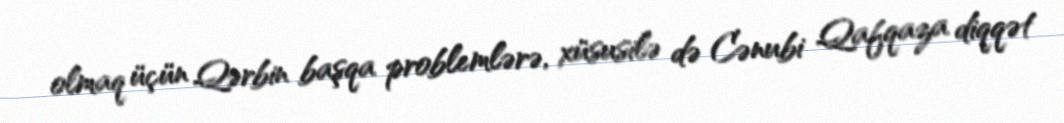
olmaq üçün Qərbin başqa problemlərə, xüsusilə də Cənubi Qafqaza diqqət